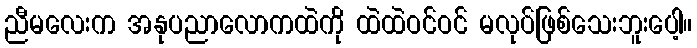
ညီမလေးက အနုပညာလောကထဲကို ထဲထဲဝင်ဝင် မလုပ်ဖြစ်သေးဘူးပေါ့။